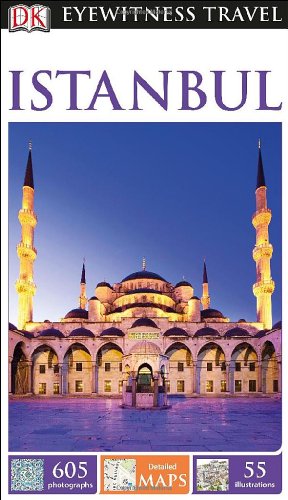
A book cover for DK Eyewitness Travel Guide: Istanbul; Collectif; Travel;